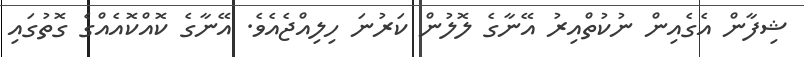
ޝިފާން އެގެއިން ނުކުތްއިރު އޭނާގެ ލޮލުން ކަރުނަ ހިލިއްޖެއެވެ. އޭނާގެ ކޮއްކޮއެއްގެ ގޮތުގައި